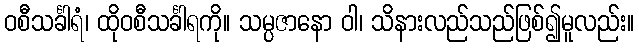
ဝစီသင်္ခါရံ၊ ထိုဝစီသင်္ခါရကို။ သမ္ပဇာနော ဝါ၊ သိနားလည်သည်ဖြစ်၍မူလည်း။